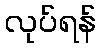
လုပ်ရန်